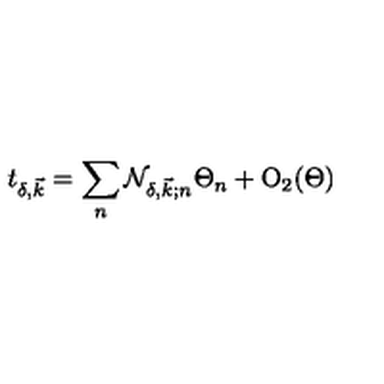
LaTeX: t _ { \delta , \vec { k } } = \sum _ { n } { \cal N } _ { \delta , \vec { k } ; n } \Theta _ { n } + { \mathrm { O } } _ { 2 } ( \Theta )